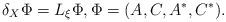
LaTeX: \begin{align*}\delta_X \Phi=L_\xi \Phi ,\Phi=(A,C,A^\ast, C^\ast) .\end{align*}